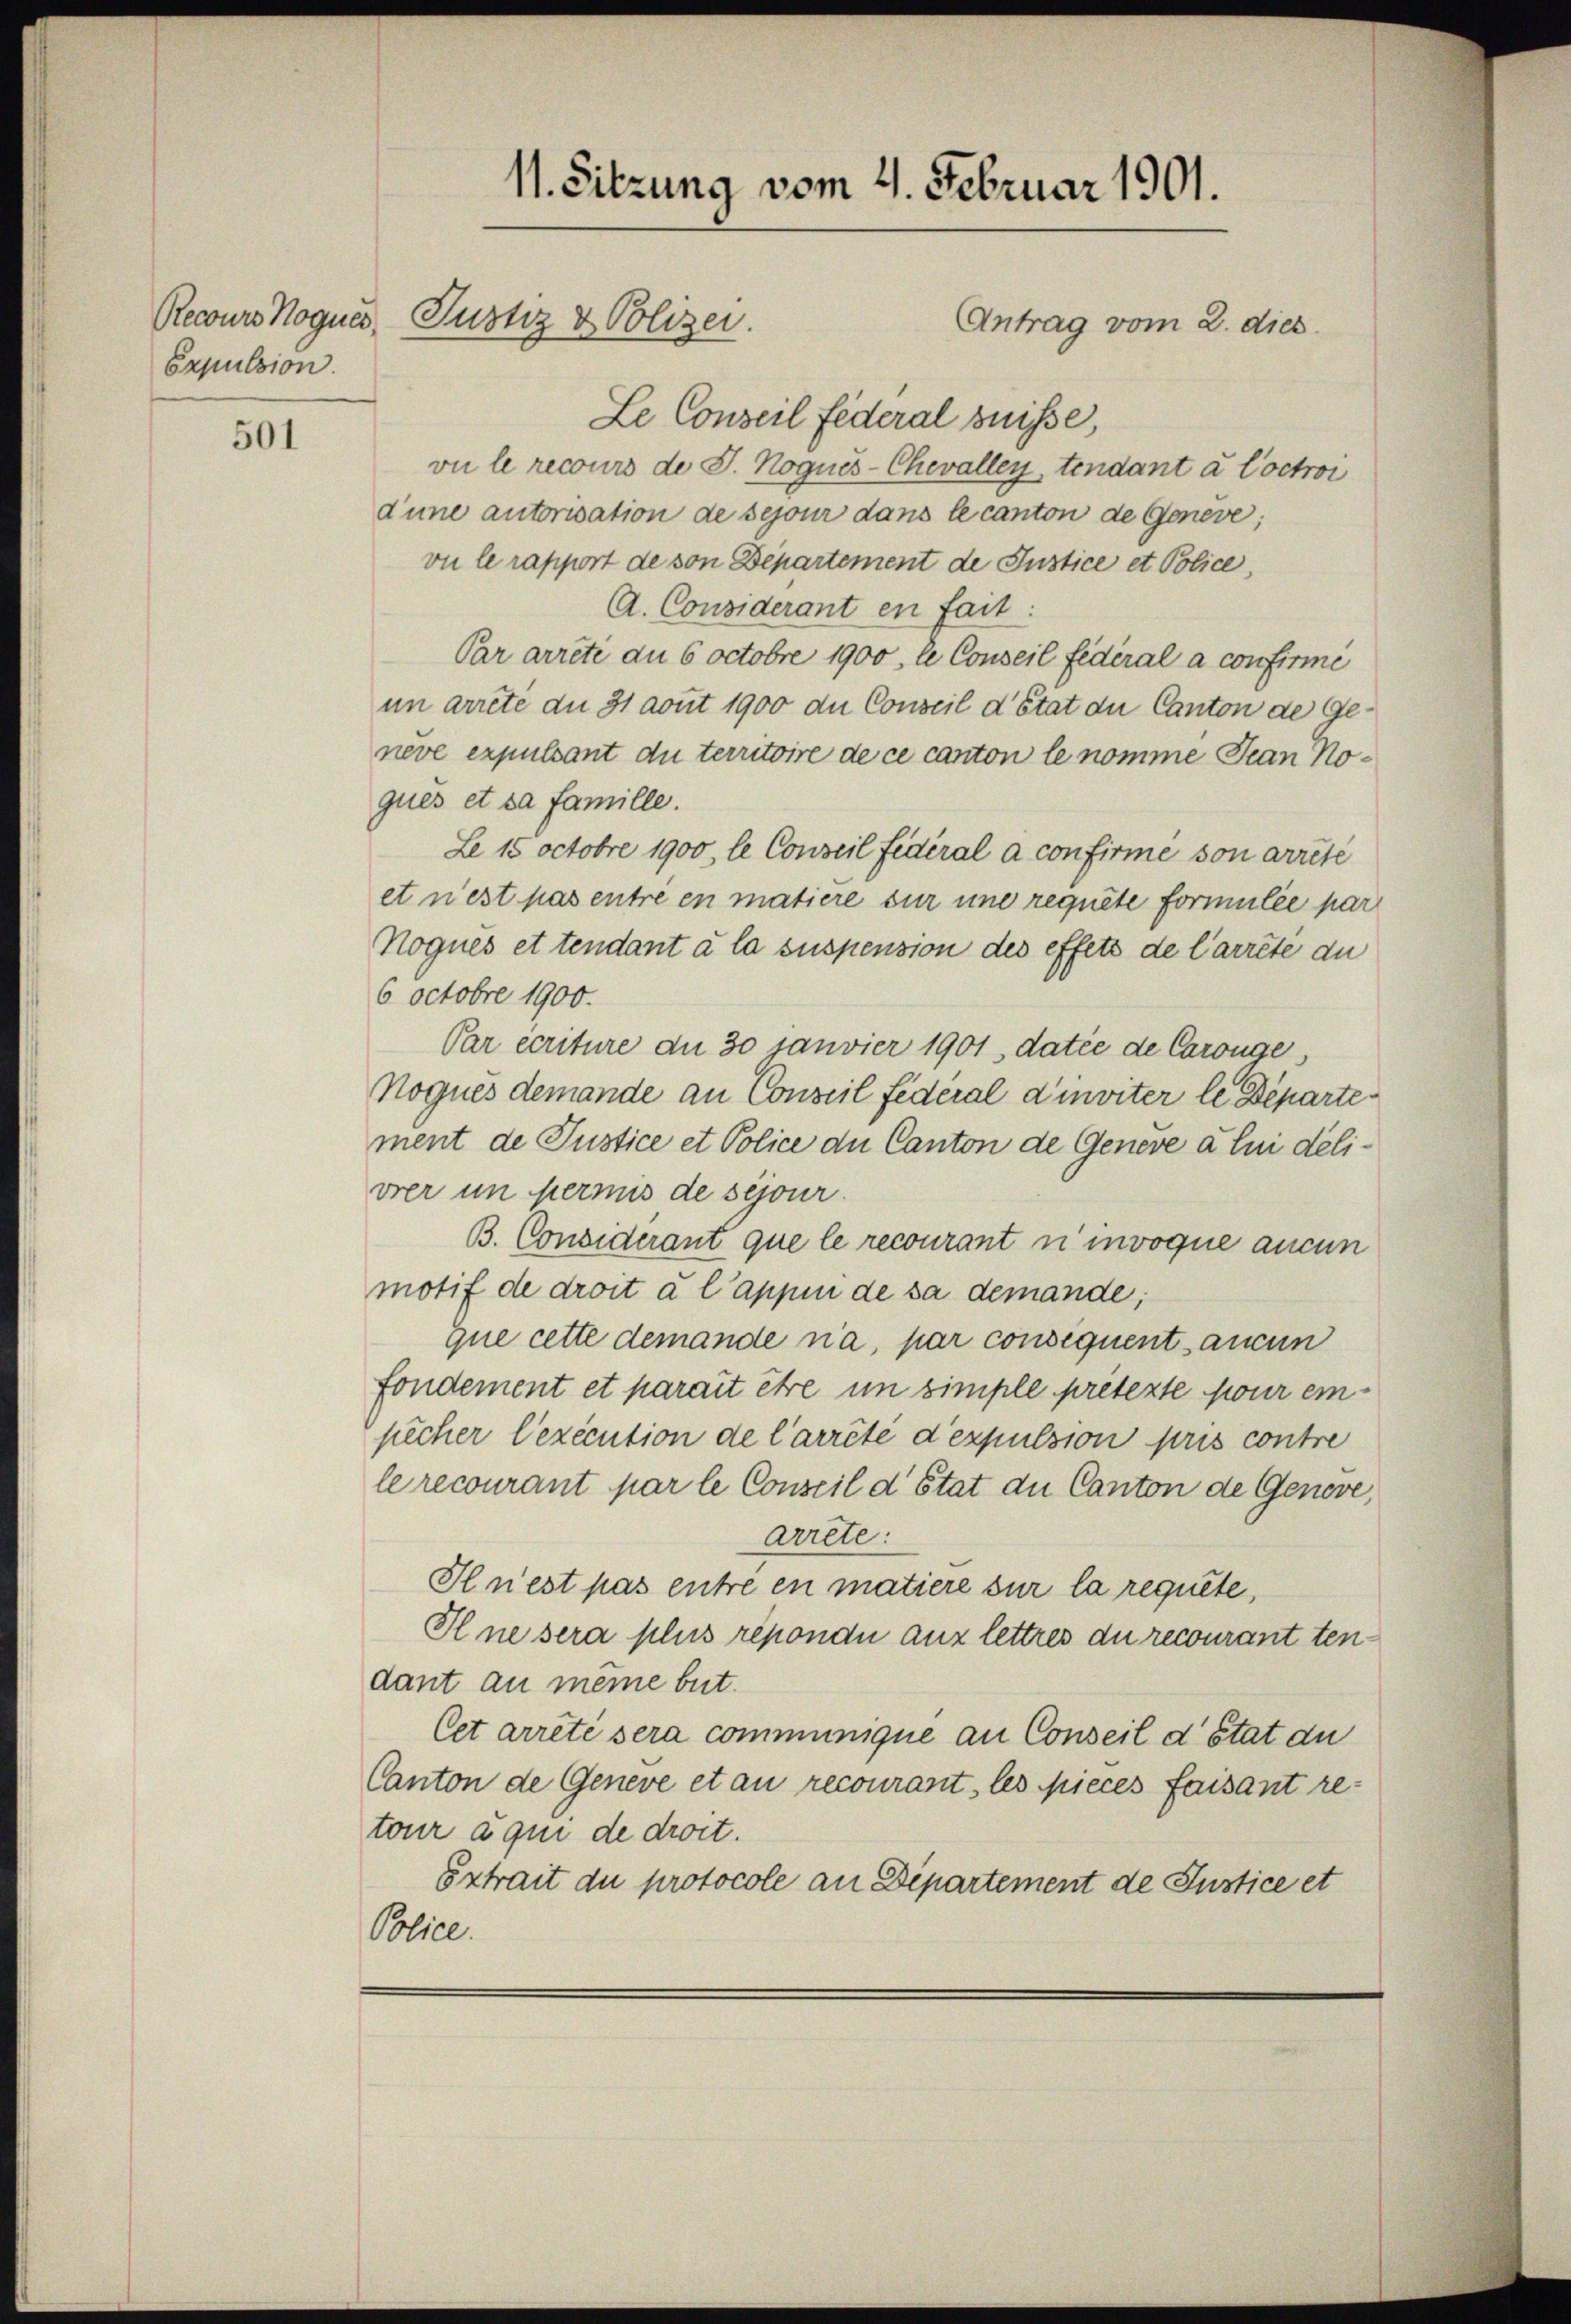
Recours Nogues.
Expulsion

501

Le Conseil Federal Suisse,
vie le recours de J. Nogues-Chevallen, tendant à Coctroi
d’une autorisation de sejour dans le canton de Geneve;
vu le rapport de von Departement de Justice et Police,
A. Considerant en fait:
Par arrete an 6 octobre 1900, le Conseil fédéral a confirme
in arrete an 31 aout 1900 an Conseil d’Etat die Canton de Geneve expulsant du territoire de ce canton le nomme Jean Noques et sa famille.
Le 15 octobre 1900, le Conseil fédéral a confirmé son arrêté
et n’est pas entré en matiere sur une requite formulée par
Nognés et tendant à la suspension des effets de l’arrete du
6 octobre 1900.
Par écriture an 30 Janvier 1901, datie de Carouge,
Nogues demande an Conseil federal d’inviter le Departement de Justice et Police der Canton de Geneve à lui delivrer in permis de séjour.
B. Considerant que le recourant n’ invoque aucun
motif de droit à l’appen de sa demande;
que cette demande na, par consequent aucun
fonderent et parait ehre in simple prétexte pour einpicher lexécution de l’arrêté d’expulsion pris contre
le recourant par le Conseil d’Etat au Canton de Geneve,
Arrete:
Il n’est pas entre en matiere sur la requite,
Il ne sera plus répondii aux lettres du recourant ten
dant an meine beit.
Cet arreté sera communique an Conseil d’Etat au
Canton de Geneve et au recourant les pieces faisant retour a qui de droit.
Extrait du protocole an Departement de Justice et
Police.

11. Sitzung vom 4. Februar 1901.
Justiz & Polizei.
Antrag vom 2. dies